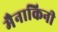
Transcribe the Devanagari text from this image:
मैनाकिनी